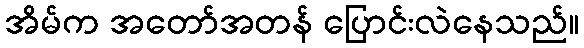
အိမ်က အတော်အတန် ပြောင်းလဲနေသည်။